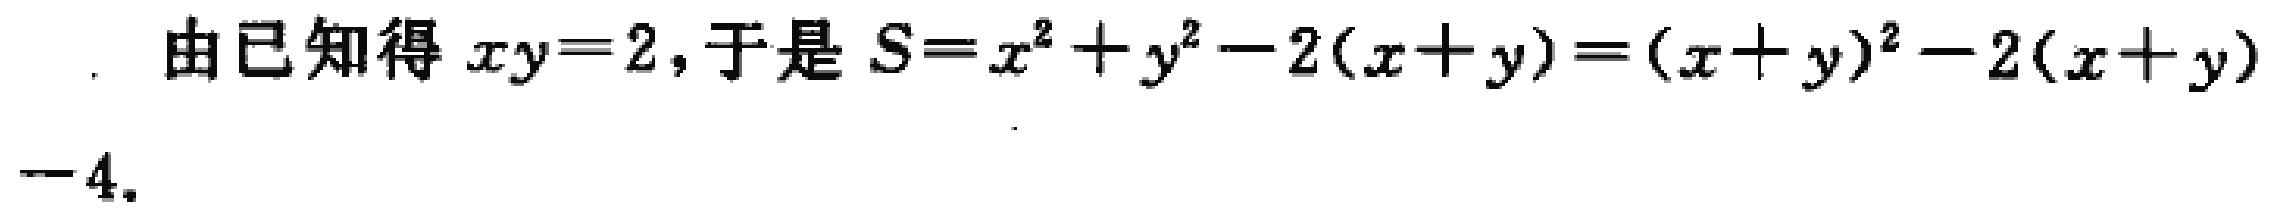
. 由已知得 \(xy = 2\), 于是 \(S=x^{2}+y^{2}-2(x + y)=(x + y)^{2}-2(x + y)-4\).